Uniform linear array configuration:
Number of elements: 48
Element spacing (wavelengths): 1
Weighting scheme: exponential
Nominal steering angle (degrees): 0
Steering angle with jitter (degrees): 0.07898
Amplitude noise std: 0.05
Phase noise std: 0.05

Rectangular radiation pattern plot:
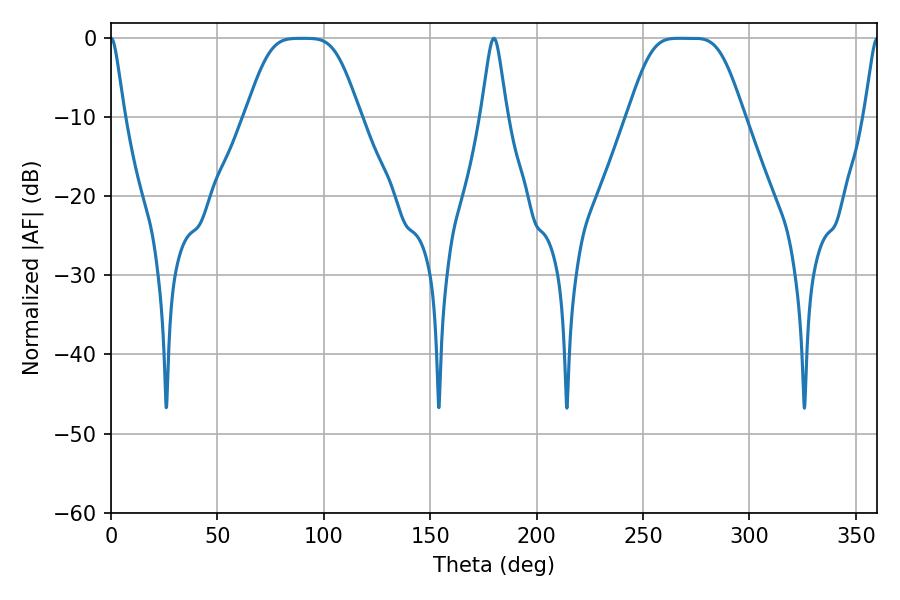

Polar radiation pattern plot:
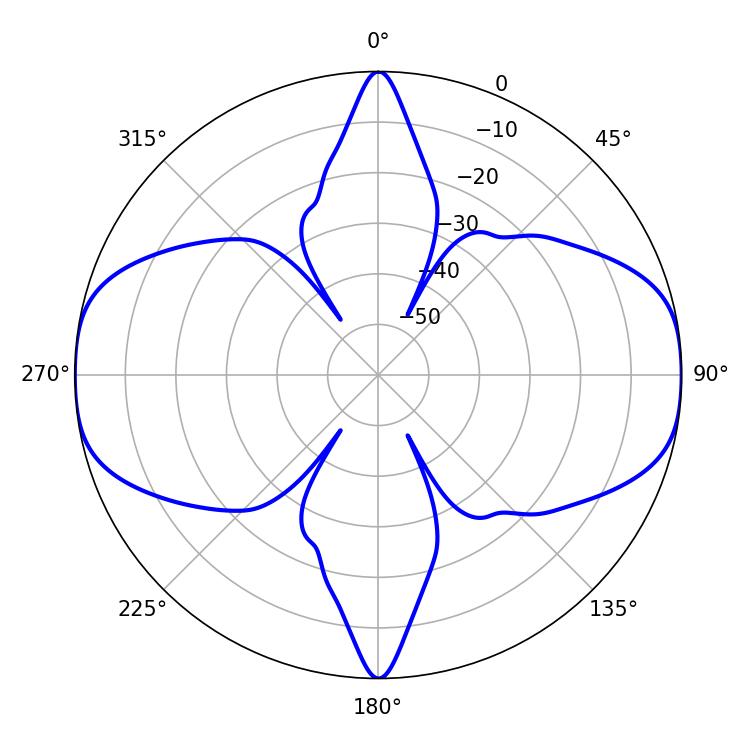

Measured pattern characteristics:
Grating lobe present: TRUE
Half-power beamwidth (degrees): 37.08
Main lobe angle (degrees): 266.94